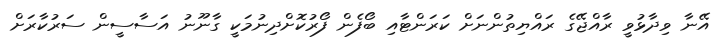
އޭނާ ވިދާޅުވީ ރާއްޖޭގެ ރައްޔިތުންނަށް ކަރަންޓާއި ބޯފެން ފޯރުކޮށްދިނުމަކީ ގާނޫނު އަސާސީން ސަރުކާރަށް